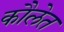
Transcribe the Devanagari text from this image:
कौलेत